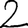
Digit: 2